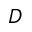
D